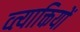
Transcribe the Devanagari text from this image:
व्त्याक्तियों